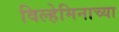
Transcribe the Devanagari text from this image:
विल्हेमिनाच्या